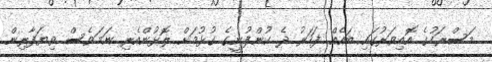
މަސްރަހުގެ އޮއިވަރުގައި ބައެއް ފަހަރު ދެ ކުންފުނީގެ ގުޅުމަށް ލޮޅުންއެރި ނަމަވެސް ވިޔަފާރިން